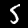
Digit: 5